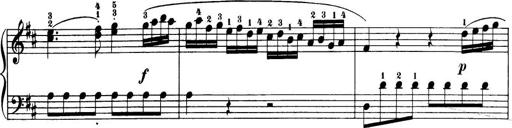
Title: 32 Sonatinas and Rondos for the Piano
Composer: Richard Kleinmichel